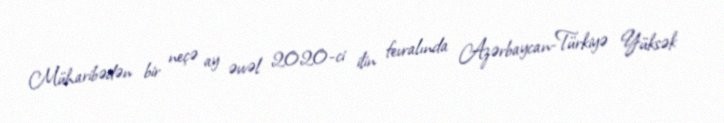
Müharibədən bir neçə ay əvvəl 2020-ci ilin fevralında Azərbaycan-Türkiyə Yüksək